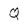
Character: Q